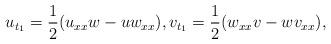
LaTeX: \begin{align*} u_{t_{1}}=\frac{1}{2}(u_{xx}w-uw_{xx}), v_{t_{1}}=\frac{1}{2}(w_{xx}v-w v_{xx}),\\\end{align*}